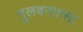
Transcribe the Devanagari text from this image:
गुलबनफ़सा